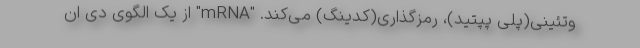
وتئینی(پلی پپتید)، رمزگذاری(کدینگ) می‌کند. "mRNA" از یک الگوی دی ان